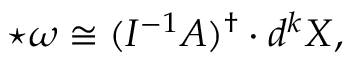
\star \omega \cong ( I ^ { - 1 } A ) ^ { \dagger } \cdot d ^ { k } X ,